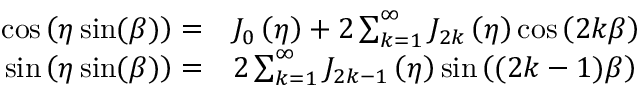
\begin{array} { r l } { \cos \left( \eta \sin ( \beta ) \right) = } & { J _ { 0 } \left( \eta \right) + 2 \sum _ { k = 1 } ^ { \infty } J _ { 2 k } \left( \eta \right) \cos \left( 2 k \beta \right) } \\ { \sin \left( \eta \sin ( \beta ) \right) = } & { 2 \sum _ { k = 1 } ^ { \infty } J _ { 2 k - 1 } \left( \eta \right) \sin \left( ( 2 k - 1 ) \beta \right) } \end{array}